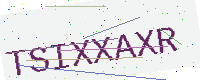
Text: TSIXXAXR